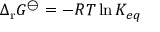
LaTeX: \Delta _ { \mathrm { r } } G ^ { \ominus } = - R T \ln K _ { e q }